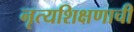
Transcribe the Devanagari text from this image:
नृत्यशिक्षणाची